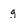
Character: g